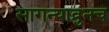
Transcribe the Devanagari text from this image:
सागन्याव्रुनच